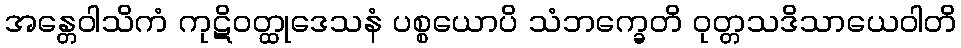
အန္တေဝါသိကံ ကုဋိဝတ္ထုဒေသနံ ပစ္စယောပိ သံဘက္ခေတိ ဝုတ္တသဒိသာယေဝါတိ